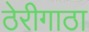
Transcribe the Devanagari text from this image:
ठेरीगाठा